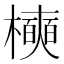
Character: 𪴑